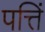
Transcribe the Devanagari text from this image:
पत्तिं